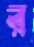
র